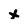
Character: X